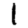
Digit: 1